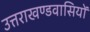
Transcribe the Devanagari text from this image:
उत्तराखण्डवासियों